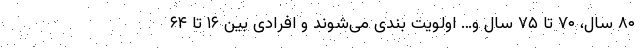
۸۰ سال، ۷۰ تا ۷۵ سال و… اولویت بندی می‌شوند و افرادی بین ۱۶ تا ۶۴